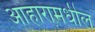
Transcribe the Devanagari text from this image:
आहारामधील